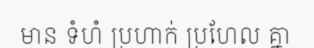
មាន ទំហំ ប្រហាក់ ប្រហែល គ្នា